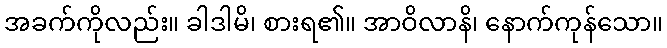
အခက်ကိုလည်း။ ခါဒါမိ၊ စားရ၏။ အာဝိလာနိ၊ နောက်ကုန်သော။